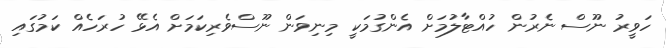
ހަވީރު ނޫސް ނެރުން ހުއްޓާލުމަށް އެންގުމަކީ މިނިވަން ނޫސްވެރިކަމަށް އެޅޭ ހުރަހެއް ކަމުގައި